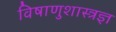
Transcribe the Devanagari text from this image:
विषाणुशास्त्रज्ञ